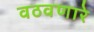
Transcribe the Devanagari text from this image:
वठवणारे